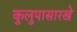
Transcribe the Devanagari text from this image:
कुलुपासारखे